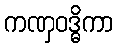
ကဏှဝဒ္ဓိကာ